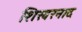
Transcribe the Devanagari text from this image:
शिखरनाद